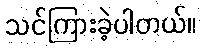
သင်ကြားခဲ့ပါတယ်။